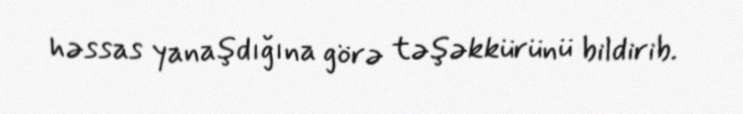
həssas yanaşdığına görə təşəkkürünü bildirib.